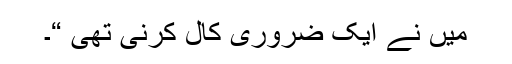
میں نے ایک ضروری کال کرنی تھی “۔